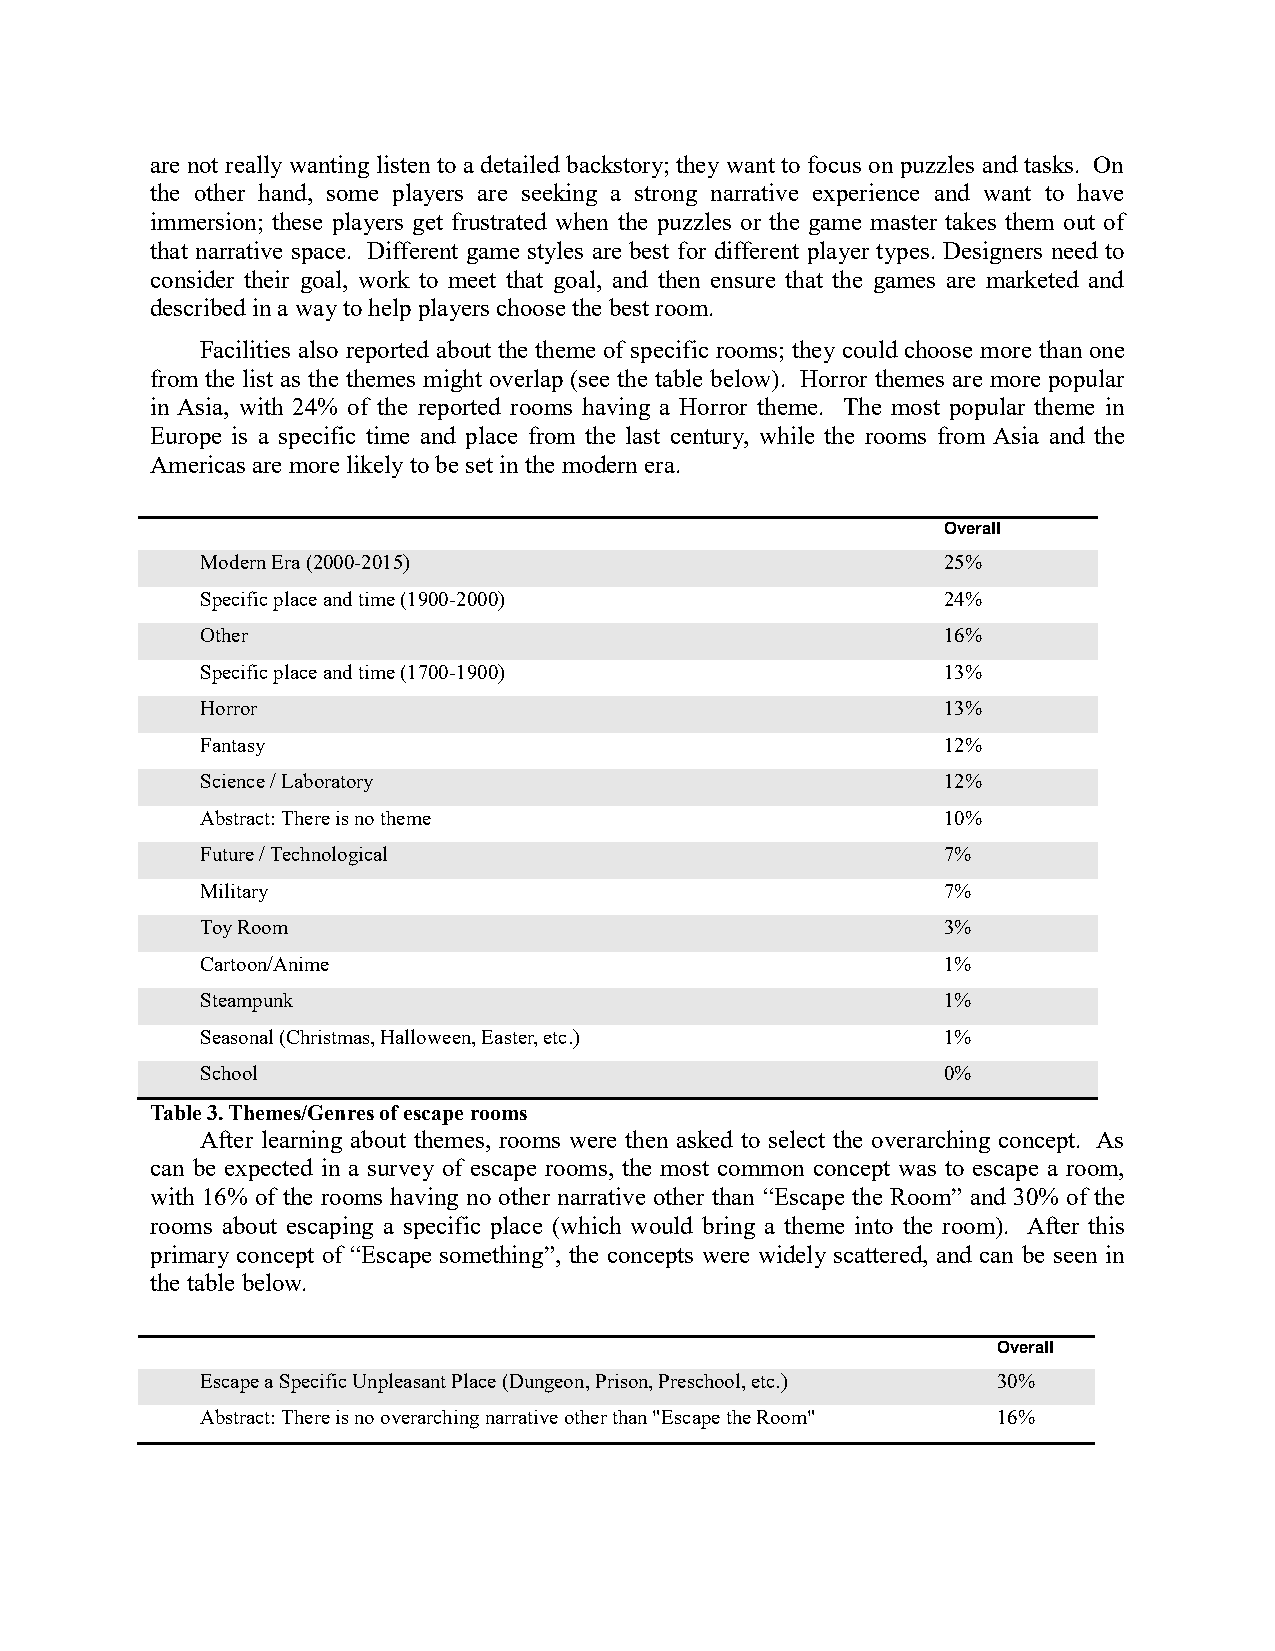
are not really wanting listen to a detailed backstory; they want to focus on puzzles and tasks. On
 the other hand, some players are seeking a strong narrative experience and want to have
 immersion; these players get frustrated when the puzzles or the game master takes them out of
 that narrative space. Different game styles are best for different player types. Designers need to
 consider their goal, work to meet that goal, and then ensure that the games are marketed and
 described in a way to help players choose the best room.
 Facilities also reported about the theme of specific rooms; they could choose more than one
 from the list as the themes might overlap (see the table below). Horror themes are more popular
 in Asia, with 24% of the reported rooms having a Horror theme. The most popular theme in
 Europe is a specific time and place from the last century, while the rooms from Asia and the
 Americas are more likely to be set in the modern era.
 Overall
 Modern Era (2000-2015)                           25%
 Specific place and time (1900-2000)              24%
 Other                                            16%
 Specific place and time (1700-1900)              13%
 Horror                                           13%
 Fantasy                                          12%
 Science / Laboratory                             12%
 Abstract: There is no theme                      10%
 Future / Technological                           7%
 Military                                         7%
 Toy Room                                         3%
 Cartoon/Anime                                    1%
 Steampunk                                        1%
 Seasonal (Christmas, Halloween, Easter, etc.)    1%
 School                                           0%
 Table 3. Themes/Genres of escape rooms
 After learning about themes, rooms were then asked to select the overarching concept. As
 can be expected in a survey of escape rooms, the most common concept was to escape a room,
 with 16% of the rooms having no other narrative other than “Escape the Room” and 30% of the
 rooms about escaping a specific place (which would bring a theme into the room). After this
 primary concept of “Escape something”, the concepts were widely scattered, and can be seen in
 the table below.
 Overall
 Escape a Specific Unpleasant Place (Dungeon, Prison, Preschool, etc.) 30%
 Abstract: There is no overarching narrative other than "Escape the Room" 16%